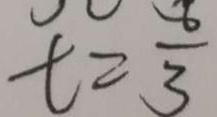
t = \frac { 6 } { 3 }